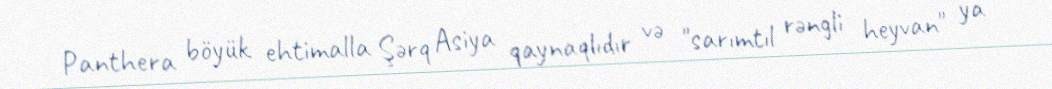
Panthera böyük ehtimalla Şərq Asiya qaynaqlıdır və "sarımtıl rəngli heyvan" ya